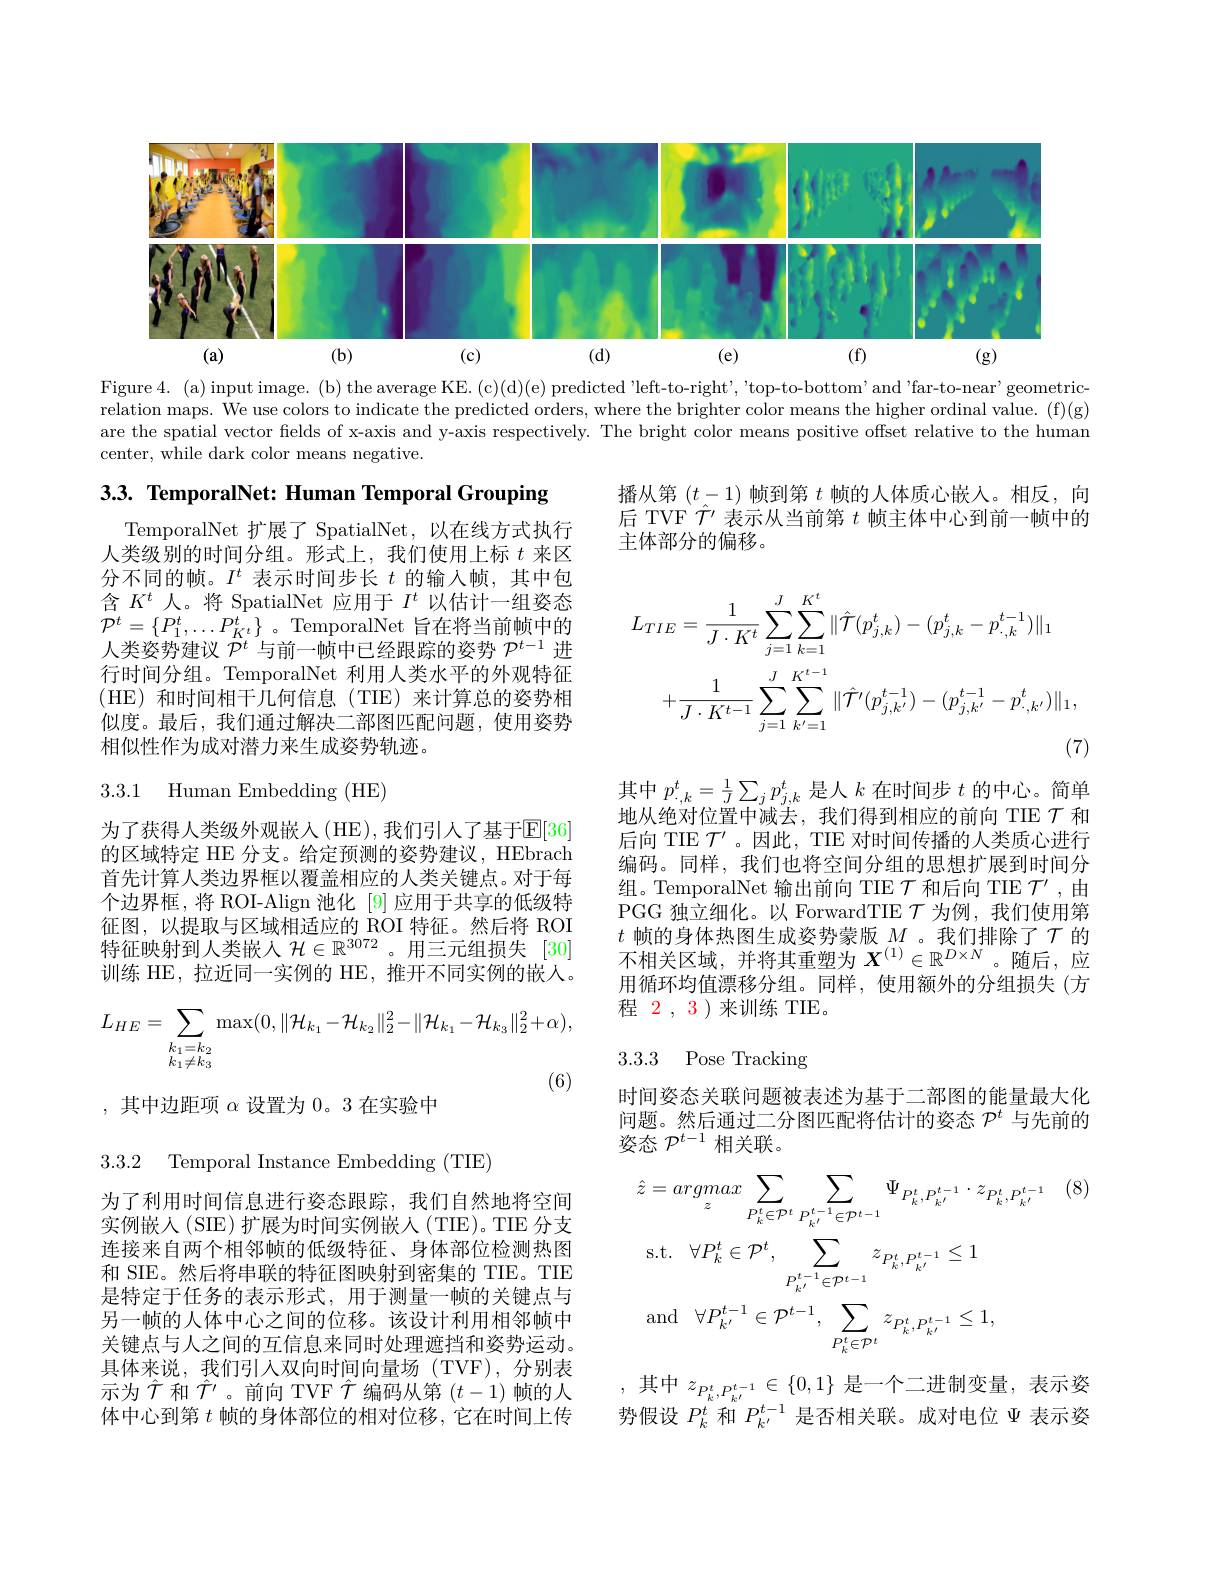
<FigureHere>

Figure 4. (a)input image. (b) the average KE. (c)(d)(e) predicted "left-to-right', 'top-to-bottom'and 'far-to-near' geometricrelation maps. We use colors to indicate the predicted orders, where the brighter color means the higher ordinal value. (f)(g) are the spatial vector fields of x-axis and y-axis respectively. The bright color means positive offset relative to the human center, while dark color means negative.

3.3. TemporalNet: Human Temporal Grouping

播从第$(t-1)$帧到第$t$帧的人体质心嵌入。相反，向后 TVF $\hat{\mathcal{T}}^{\prime}$表示从当前第$t$帧主体中心到前一帧中的主体部分的偏移。

TemporalNet 扩展了 SpatialNet,以在线方式执行人类级别的时间分组。形式上，我们使用上标$t$来区分不同的帧。$I^t$表示时间步长$t$的输入帧，其中包含$K^t$人。将 SpatialNet 应用于$I^t$以估计一组姿态${\mathcal{P} }^t= \{ P_1^t, \ldots P_{K^t}^t\}$ 。TemporalNet 旨在将当前帧中的人类姿势建议$\ddot{\mathcal{P}}^t$与前一帧中已经跟踪的姿势$\mathcal{P}^t-1$进行时间分组。TemporalNet 利用人类水平的外观特征(HE)和时间相干几何信息(TIE)来计算总的姿势相似度。最后，我们通过解决二部图匹配问题，使用姿势相似性作为成对潜力来生成姿势轨迹。
$$\begin{aligned}L_{TIE}&=\frac{1}{J\cdot K^{t}}\sum_{j=1}^{J}\sum_{k=1}^{K^{t}}\|\hat{\mathcal{T}}(p_{j,k}^{t})-(p_{j,k}^{t}-p_{\cdot,k}^{t-1})\|_{1}\\&+\frac{1}{J\cdot K^{t-1}}\sum_{j=1}^{J}\sum_{k^{\prime}=1}^{K^{t-1}}\|\hat{\mathcal{T}}^{\prime}(p_{j,k^{\prime}}^{t-1})-(p_{j,k^{\prime}}^{t-1}-p_{\cdot,k^{\prime}}^{t})\|_{1},\end{aligned}$$
3.3.1 Human Embedding (HE)

其中$p_{\cdot,k}^t=\frac1J\sum_jp_{j,k}^t$是人$k$在时间步$t$的中心。简单地从绝对位置中减去，我们得到相应的前向 TIE $\mathcal{T}$和后向 TIE $\mathcal{T}^\prime$ 。因此，TIE 对时间传播的人类质心进行编码。同样，我们也将空间分组的思想扩展到时间分组。TemporalNet 输出前向 TIE $\mathcal{T}$和后向 TIE $\mathcal{T}^\prime$,由PGG 独立细化。以 ForwardTIE $\mathcal{T}$为例，我们使用第$t$帧的身体热图生成姿势蒙版$M$ 。我们排除了$\mathcal{T}$的不相关区域，并将其重塑为$X^(1)\in\mathbb{R}^{D\times N}$。随后，应用循环均值漂移分组。同样，使用额外的分组损失(方程 2 , 3 ) 来训练 TIE.

为了获得人类级外观嵌入(HE),我们引人了基于$\mathbb{E}[36]$ 的区域特定 HE 分支。给定预测的姿势建议，HEbrach 首先计算人类边界框以覆盖相应的人类关键点。对于每个边界框，将 ROI-Align 池化 [9] 应用于共享的低级特征图，以提取与区域相适应的 ROI 特征。然后将 ROI 特征映射到人类嵌人$\mathcal{H}\in\mathbb{R}^{3072}$。用三元组损失[30] 训练 HE, 拉近同一实例的 HE, 推开不同实例的嵌人。
$$L_{HE}=\sum_{\substack{k_{1}=k_{2}\\k_{1}\neq k_{3}}}\max(0,\|\mathcal{H}_{k_{1}}-\mathcal{H}_{k_{2}}\|_{2}^{2}-\|\mathcal{H}_{k_{1}}-\mathcal{H}_{k_{3}}\|_{2}^{2}+\alpha),$$
3.3.3 Pose Tracking

,其中边距项$\alpha$设置为0。3在实验中

时间姿态关联问题被表述为基于二部图的能量最大化问题。然后通过二分图匹配将估计的姿态$\mathcal{P}^t$与先前的$\bar{\text{姿态 }\mathcal{P}^{t-1}\text{ 相关联。}}$

3.3.2 Temporal Instance Embedding (TIE)
$$\begin{aligned}&\hat{z}=argmax\sum_{z}\sum_{P_{k}^{t}\in\mathcal{P}^{t}}\sum_{P_{k^{\prime}}^{t-1}\in\mathcal{P}^{t-1}}\Psi_{P_{k}^{t},P_{k^{\prime}}^{t-1}}\cdot z_{P_{k}^{t},P_{k^{\prime}}^{t-1}}\\&\mathrm{s.t.}\quad\forall P_{k}^{t}\in\mathcal{P}^{t},\sum_{P_{k^{\prime}}^{t-1}\in\mathcal{P}^{t-1}}z_{P_{k}^{t},P_{k^{\prime}}^{t-1}}\leq1\\&\mathrm{and}\quad\forall P_{k^{\prime}}^{t-1}\in\mathcal{P}^{t-1},\sum_{P_{k}^{t}\in\mathcal{P}^{t}}z_{P_{k}^{t},P_{k^{\prime}}^{t-1}}\leq1,\end{aligned}$$
为了利用时间信息进行姿态跟踪，我们自然地将空间实例嵌入(SIE)扩展为时间实例嵌人(TIE)。TIE 分支连接来自两个相邻帧的低级特征、身体部位检测热图和 SIE。然后将串联的特征图映射到密集的 TIE。TIE 是特定于任务的表示形式，用于测量一帧的关键点与另一帧的人体中心之间的位移。该设计利用相邻帧中关键点与人之间的互信息来同时处理遮挡和姿势运动。具体来说，我们引人双向时间向量场 (TVF),分别表示为$\hat{\mathcal{T}}$和$\hat{\mathcal{T}}^\prime$。前向 TVF $\hat{\mathcal{T}}$编码从第$(t-1)$帧的人体中心到第$t$帧的身体部位的相对位移，它在时间上传

,其中$z_P_k^t,P_{k^{\prime}}^{t-1}\in\{0,1\}$ 是一个二进制变量，表示姿势假设$P_k^t$和$P_{k^{\prime}}^{t-1}$是否相关联。成对电位$\Psi$表示姿